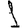
Digit: 1